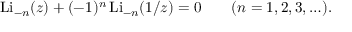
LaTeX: \operatorname { L i } _ { - n } ( z ) + ( - 1 ) ^ { n } \operatorname { L i } _ { - n } ( 1 / z ) = 0 \qquad ( n = 1 , 2 , 3 , \ldots ) .